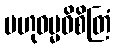
ဗဟုဓမ္မဝိစိတြံ